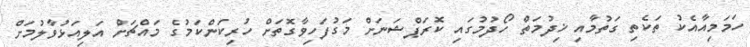
ހަމަމިއާއެކު ތަކެތި ގަތުމާއި ޚިދުމަތް ހޯދުމުގައި ކޮރަޕްޝަނަށް މަގުފަހިވާގޮތަށް ހުރިކަންކަމުގެ މައްޗަށް އަލިއަޅުވާލުމަށް